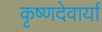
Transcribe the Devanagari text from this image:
कृष्णदेवार्या